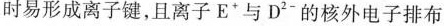
时易形成离子键，且离子E*与D2-的核外电子排布